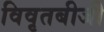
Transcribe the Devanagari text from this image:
विवृतबीजी